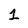
Character: 1